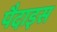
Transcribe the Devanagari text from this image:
पैदाइस